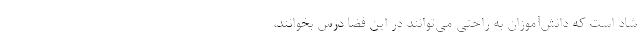
شاد است که دانش‌آموزان به راحتی می‌توانند در این فضا درس بخوانند،